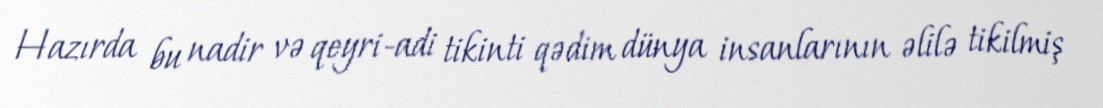
Hazırda bu nadir və qeyri-adi tikinti qədim dünya insanlarının əlilə tikilmiş